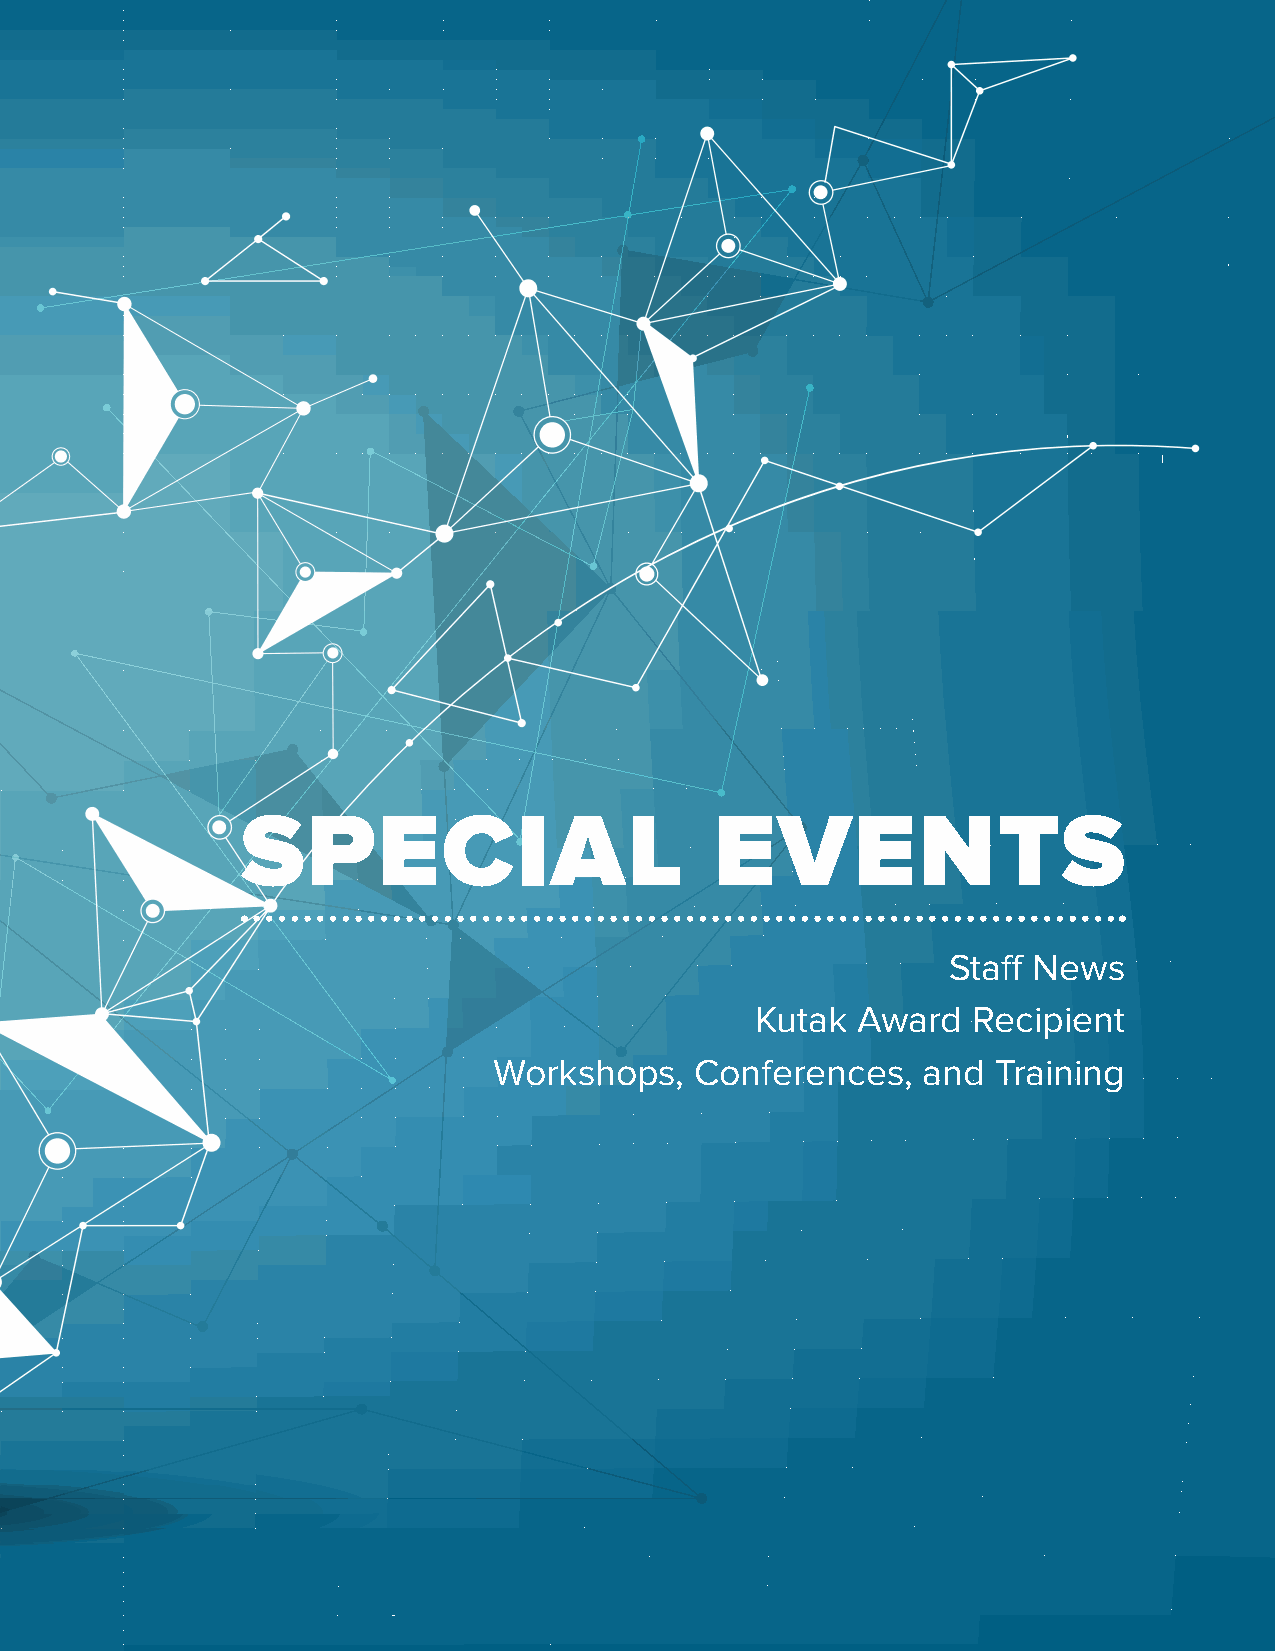
SPECIAL                        EVENTS
 Staff News
 Kutak  Award  Recipient
 Workshops,   Conferences,   and  Training